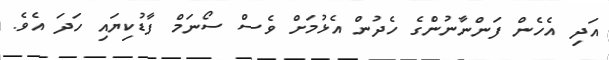
އަދި އެހެން ފަންނާނުންގެ ހެދުން އެޅުމަށް ވެސް ސޯނަމް ފާޑުކިޔައި ހަދަ އެވެ.